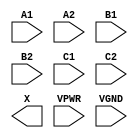
module sky130_fd_sc_hs__a222o (
    //# {{data|Data Signals}}
    input  A1  ,
    input  A2  ,
    input  B1  ,
    input  B2  ,
    input  C1  ,
    input  C2  ,
    output X   ,

    //# {{power|Power}}
    input  VPWR,
    input  VGND
);
endmodule